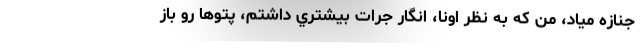
جنازه مياد، من كه به نظر اونا، انگار جرات بيشتري داشتم، پتوها رو باز